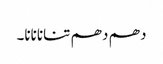
دھم دھم تنانانانا۔